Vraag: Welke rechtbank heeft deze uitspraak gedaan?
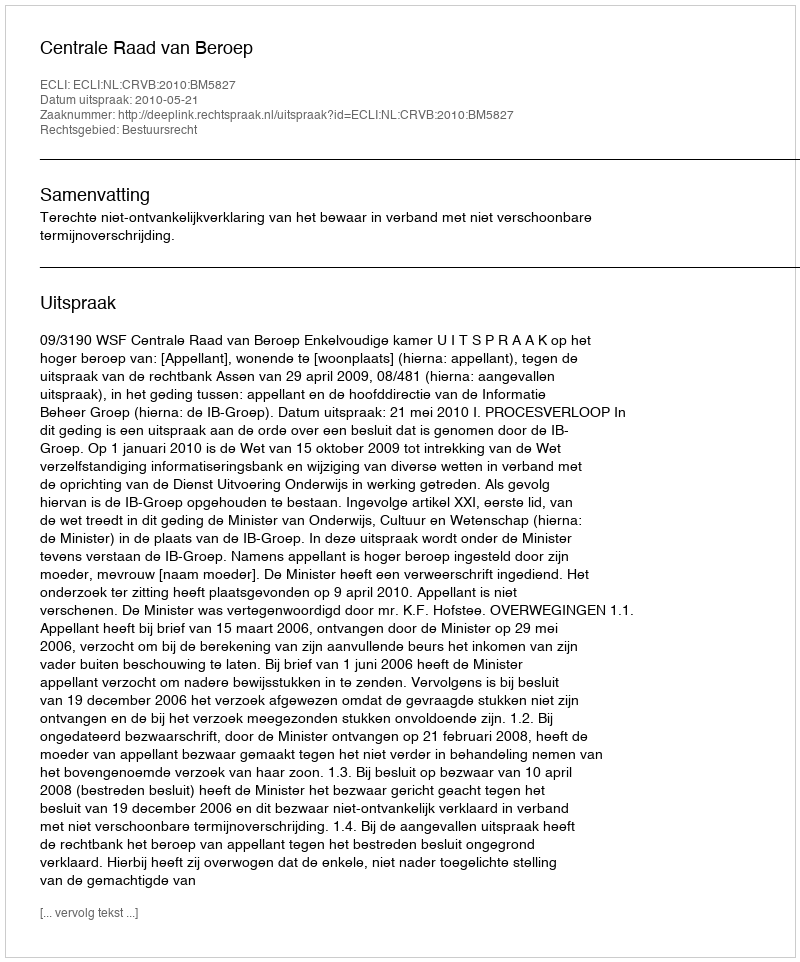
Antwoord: Centrale Raad van Beroep